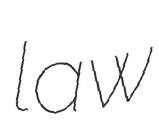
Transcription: law